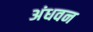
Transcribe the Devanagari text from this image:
अंधवन